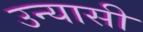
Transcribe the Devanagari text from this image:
उन्यासी